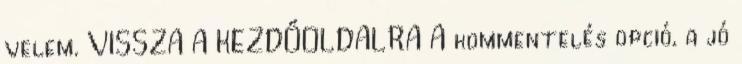
velem. VISSZA A KEZDŐOLDALRA A kommentelés opció, a jó